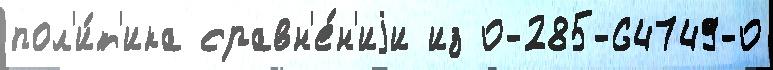
пол'и́т'ика сравн'е́н'иjи из 0-285-64749-0